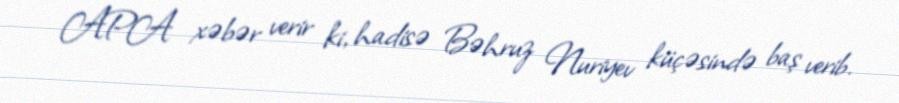
APA xəbər verir ki, hadisə Bəhruz Nuriyev küçəsində baş verib.